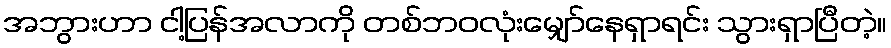
အဘွားဟာ ငါ့ပြန်အလာကို တစ်ဘဝလုံးမျှော်နေရှာရင်း သွားရှာပြီတဲ့။